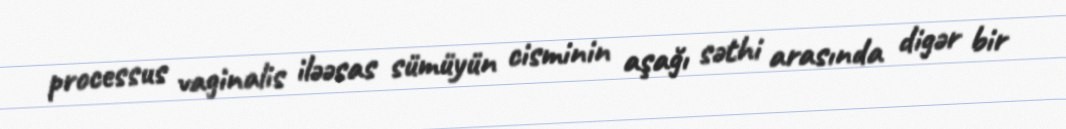
processus vaginalis iləəsas sümüyün cisminin aşağı səthi arasında digər bir